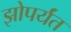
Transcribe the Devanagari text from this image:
झोपर्यंत